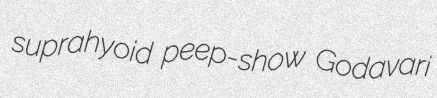
suprahyoid peep-show Godavari